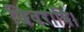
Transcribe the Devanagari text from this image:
शिवरात्रि।